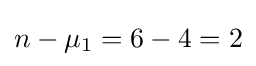
n-\mu _{1}=6-4=2